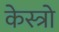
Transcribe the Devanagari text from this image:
केस्त्रो